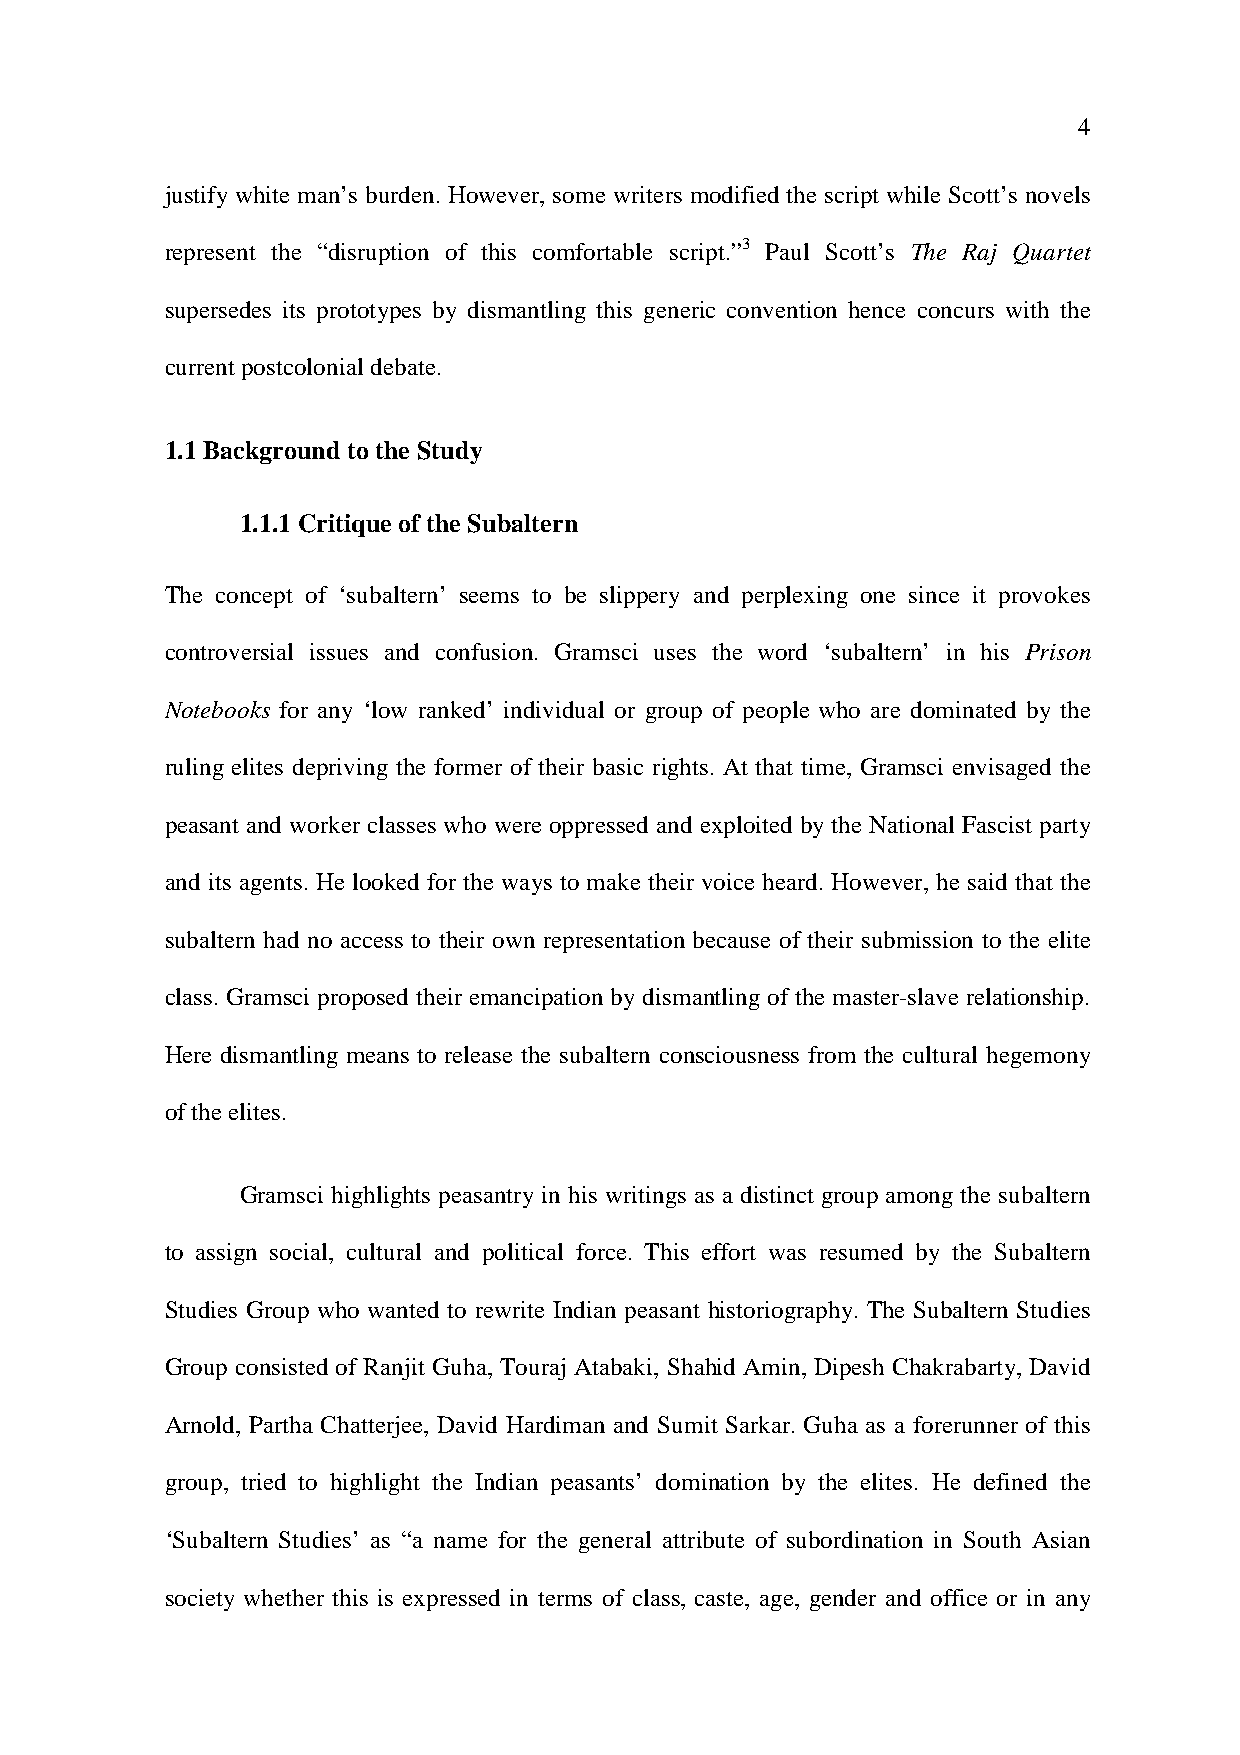
4
 justify white man’s burden. However, some writers modified the script while Scott’s novels
 represent the “disruption of this comfortable script.”3 Paul Scott’s The Raj Quartet
 supersedes its prototypes by dismantling this generic convention hence concurs with the
 current postcolonial debate.
 1.1 Background to the Study
 1.1.1 Critique of the Subaltern
 The concept of ‘subaltern’ seems to be slippery and perplexing one since it provokes
 controversial issues and confusion. Gramsci uses the word ‘subaltern’ in his Prison
 Notebooks for any ‘low ranked’ individual or group of people who are dominated by the
 ruling elites depriving the former of their basic rights. At that time, Gramsci envisaged the
 peasant and worker classes who were oppressed and exploited by the National Fascist party
 and its agents. He looked for the ways to make their voice heard. However, he said that the
 subaltern had no access to their own representation because of their submission to the elite
 class. Gramsci proposed their emancipation by dismantling of the master-slave relationship.
 Here dismantling means to release the subaltern consciousness from the cultural hegemony
 of the elites.
 Gramsci highlights peasantry in his writings as a distinct group among the subaltern
 to assign social, cultural and political force. This effort was resumed by the Subaltern
 Studies Group who wanted to rewrite Indian peasant historiography. The Subaltern Studies
 Group consisted of Ranjit Guha, Touraj Atabaki, Shahid Amin, Dipesh Chakrabarty, David
 Arnold, Partha Chatterjee, David Hardiman and Sumit Sarkar. Guha as a forerunner of this
 group, tried to highlight the Indian peasants’ domination by the elites. He defined the
 ‘Subaltern Studies’ as “a name for the general attribute of subordination in South Asian
 society whether this is expressed in terms of class, caste, age, gender and office or in any